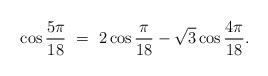
LaTeX: \begin{align*} \cos \frac{5\pi}{18} \ =\ 2\cos \frac{\pi}{18} -\sqrt{3} \cos \frac{4\pi}{18}. \end{align*}